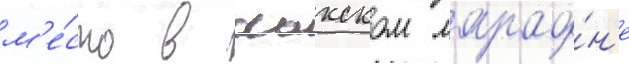
м'е́сто в осакском марафо́н'е